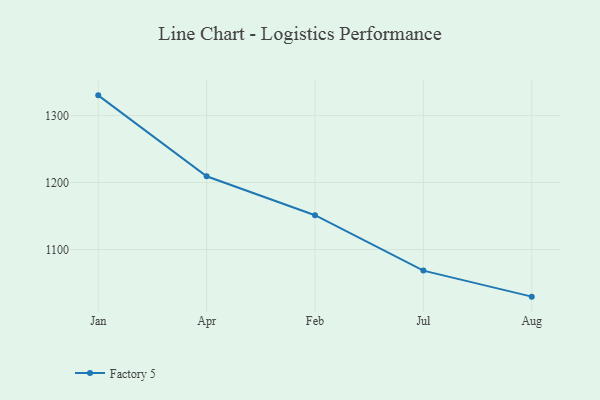
{"axis": {"x": "Month", "y": "Active Users"}, "legend": ["Factory 5"], "data": [{"x": "Jan", "y": 1330.2, "type": "Factory 5"}, {"x": "Apr", "y": 1209.4, "type": "Factory 5"}, {"x": "Feb", "y": 1151.2, "type": "Factory 5"}, {"x": "Jul", "y": 1068.5, "type": "Factory 5"}, {"x": "Aug", "y": 1029.6, "type": "Factory 5"}]}